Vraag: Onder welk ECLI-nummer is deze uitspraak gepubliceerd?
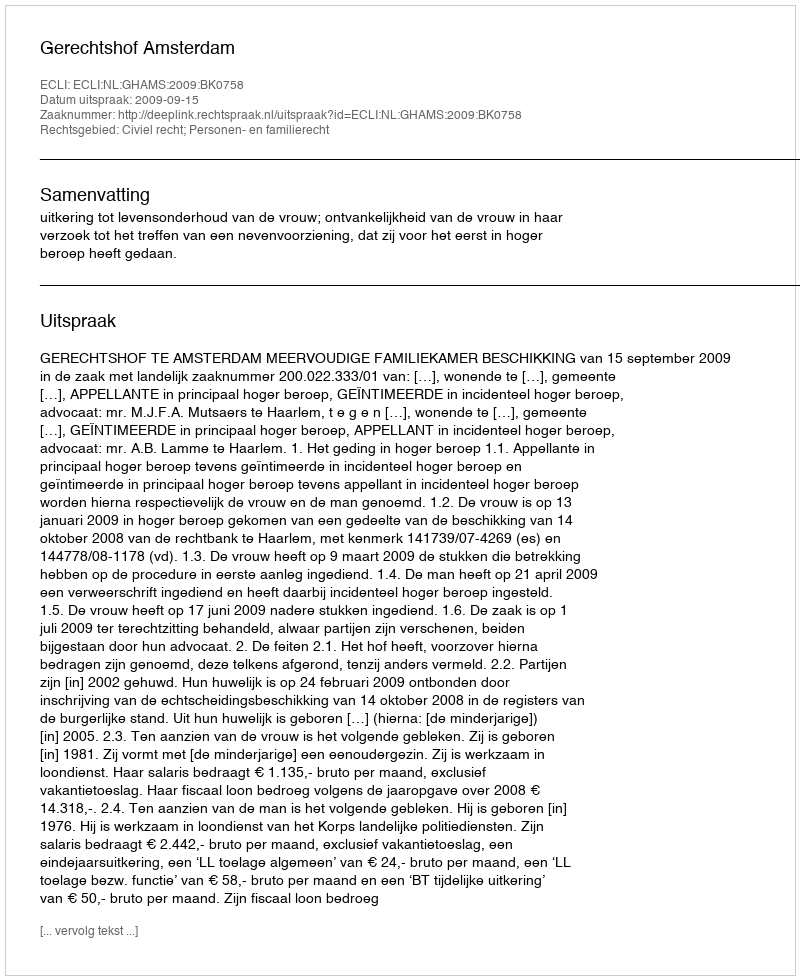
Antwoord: ECLI:NL:GHAMS:2009:BK0758